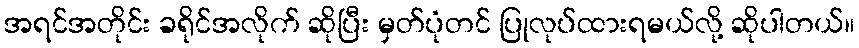
အရင်အတိုင်း ခရိုင်အလိုက် ဆိုပြီး မှတ်ပုံတင် ပြုလုပ်ထားရမယ်လို့ ဆိုပါတယ်။